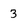
Character: 3